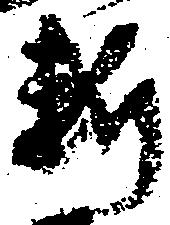
断